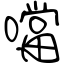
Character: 噹